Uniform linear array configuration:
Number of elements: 8
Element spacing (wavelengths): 0.25
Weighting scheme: exponential
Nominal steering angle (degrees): -60
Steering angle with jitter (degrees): -61.392
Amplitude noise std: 0.05
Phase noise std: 0.05

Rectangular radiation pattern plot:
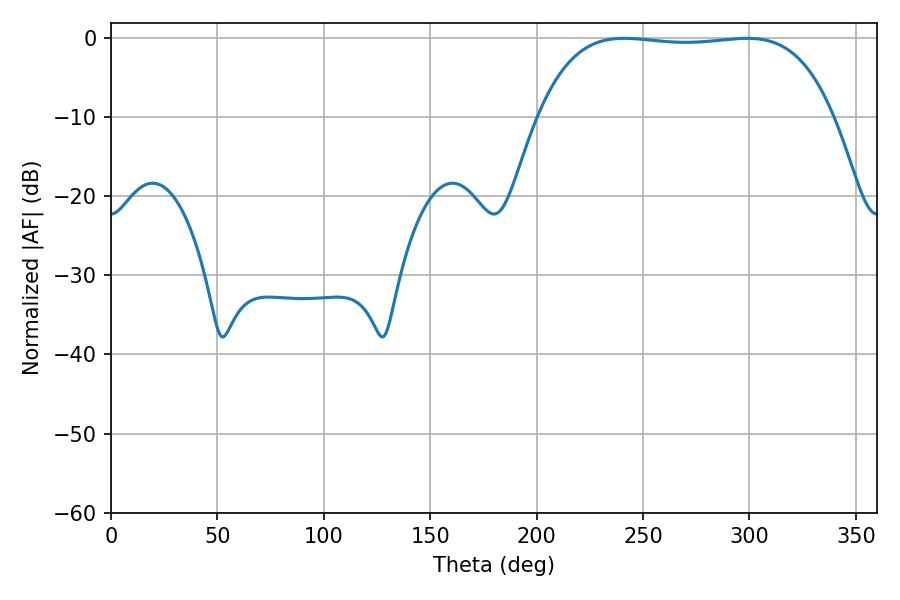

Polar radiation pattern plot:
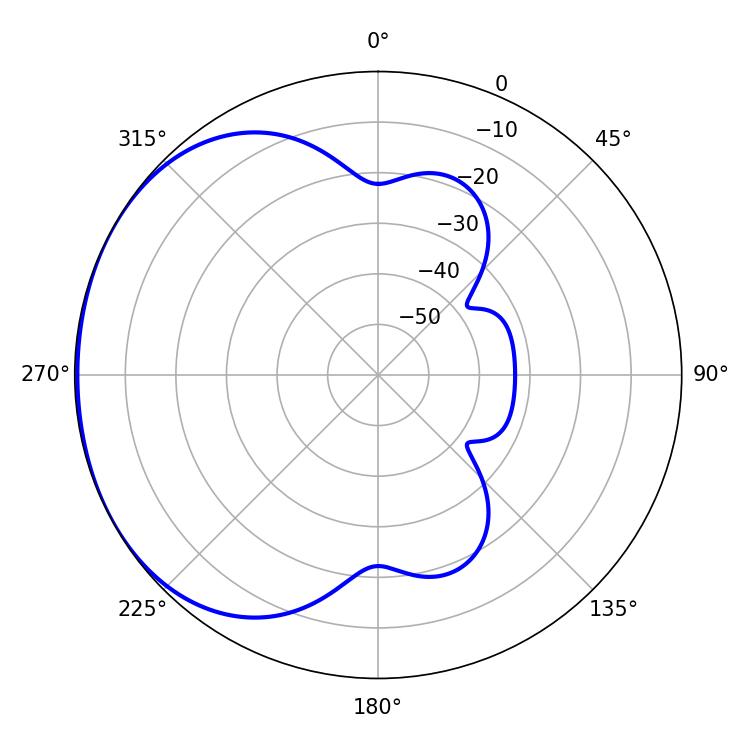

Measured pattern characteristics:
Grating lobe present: FALSE
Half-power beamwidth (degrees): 109.08
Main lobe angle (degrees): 241.2